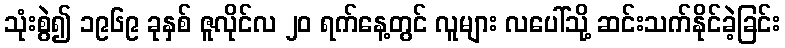
သုံးစွဲ၍ ၁၉၆၉ ခုနှစ် ဇူလိုင်လ ၂၀ ရက်နေ့တွင် လူများ လပေါ်သို့ ဆင်းသက်နိုင်ခဲ့ခြင်း